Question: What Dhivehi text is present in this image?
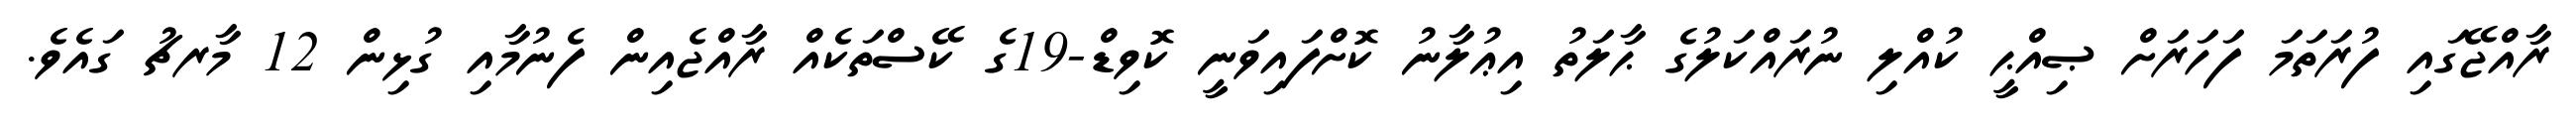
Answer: ރާއްޖޭގައި ފުރަތަމަ ފަހަރަށް ޞިއްޙީ ކުއްލި ނުރައްކަލުގެ ޙާލަތު އިޢުލާނު ކޮށްފައިވަނީ ކޮވިޑް-19ގެ ކޭސްތަކެއް ރާއްޖެއިން ފެނުމާއި ގުޅިން 12 މާރޗު ގައެވެ.